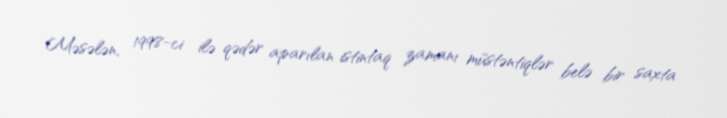
Məsələn, 1998-ci ilə qədər aparılan istintaq zamanı müstəntiqlər belə bir saxta